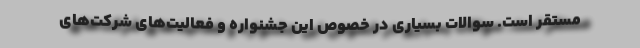
مستقر است. سوالات بسیاری در خصوص این جشنواره و فعالیت‌های شرکت‌های